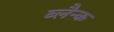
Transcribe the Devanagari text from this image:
ब्लैन्क